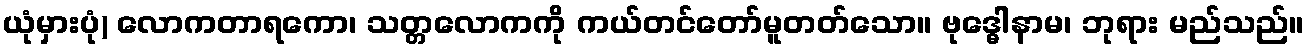
ယုံမှားပုံ) လောကတာရကော၊ သတ္တလောကကို ကယ်တင်တော်မူတတ်သော။ ဗုဒ္ဓေါနာမ၊ ဘုရား မည်သည်။